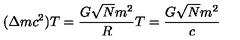
( \Delta m c ^ { 2 } ) T = \frac { G \sqrt { N } m ^ { 2 } } { R } T = \frac { G \sqrt { N } m ^ { 2 } } { c }